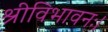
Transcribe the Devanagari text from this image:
श्रीविभावनः।